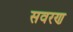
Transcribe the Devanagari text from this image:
सवरण